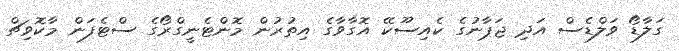
ގަލާޑޯ ވަލްޑެސް އަދި ޖަޕާނުގެ ކެއިސޫކޭ އޮގާވާގެ އިތުރުން މޮންޓެނީގްރޯގެ ސްޓެފަން މާކޮވިޗް